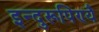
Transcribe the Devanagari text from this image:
इन्दुरूपिण्यै